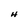
Character: H